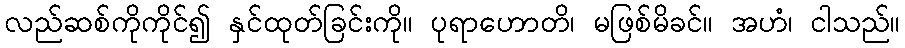
လည်ဆစ်ကိုကိုင်၍ နှင်ထုတ်ခြင်းကို။ ပုရာဟောတိ၊ မဖြစ်မိခင်။ အဟံ၊ ငါသည်။